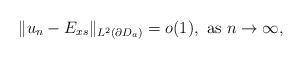
LaTeX: \begin{align*}\Vert u_n-E_{xs}\Vert_{L^2(\partial D_a)}=o(1),\mbox{ as } n\rightarrow\infty,\end{align*}